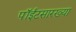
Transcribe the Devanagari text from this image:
पॉईंटसारख्या